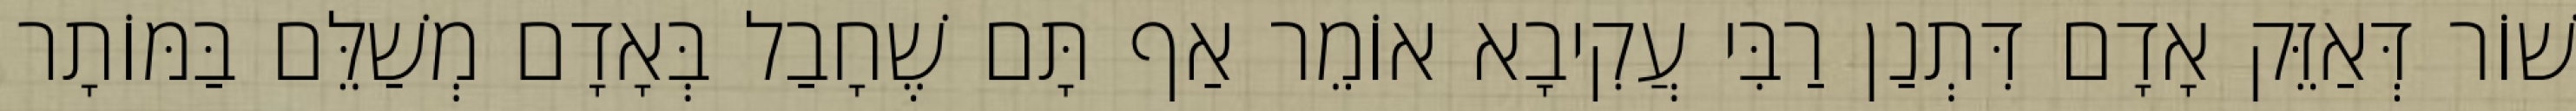
שׁוֹר דְּאַזֵּק אָדָם דִּתְנַן רַבִּי עֲקִיבָא אוֹמֵר אַף תָּם שֶׁחָבַל בְּאָדָם מְשַׁלֵּם בַּמּוֹתָר